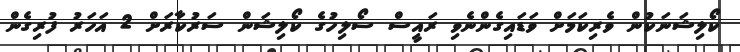
ކޯލިޝަނަކުން ވެރިކަމަށް ވަޑައިގެންނެވި ރައީސް ސޯލިހުގެ ކޯލިޝަން ސަރުކާރަށް 2 އަހަރު ފުރިގެން